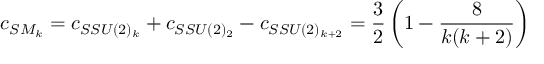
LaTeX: c _ { S M _ { k } } = c _ { S S U ( 2 ) _ { k } } + c _ { S S U ( 2 ) _ { 2 } } - c _ { S S U ( 2 ) _ { k + 2 } } = \frac { 3 } { 2 } \left( 1 - \frac { 8 } { k ( k + 2 ) } \right)